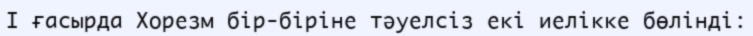
I ғасырда Хорезм бір-біріне тәуелсіз екі иелікке бөлінді: